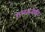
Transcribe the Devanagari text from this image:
गलतनीति